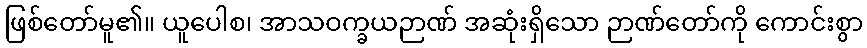
ဖြစ်တော်မူ၏။ ယူပေါစ၊ အာသဝက္ခယဉာဏ် အဆုံးရှိသော ဉာဏ်တော်ကို ကောင်းစွာ